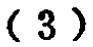
-3